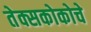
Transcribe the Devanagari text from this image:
तेक्सकोकोचे